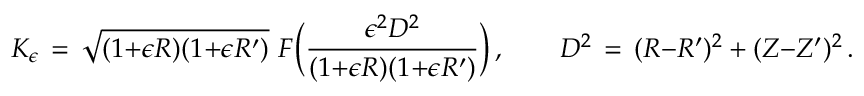
K _ { \epsilon } \, = \, \sqrt { ( 1 { + } \epsilon R ) ( 1 { + } \epsilon R ^ { \prime } ) } ~ F \biggl ( \frac { \epsilon ^ { 2 } D ^ { 2 } } { ( 1 { + } \epsilon R ) ( 1 { + } \epsilon R ^ { \prime } ) } \biggr ) \, , \qquad D ^ { 2 } \, = \, ( R { - } R ^ { \prime } ) ^ { 2 } + ( Z { - } Z ^ { \prime } ) ^ { 2 } \, .